Indian journal of veterinary science and animal husbandry - Volumes 18-21, 1948-1951
Year: 1948
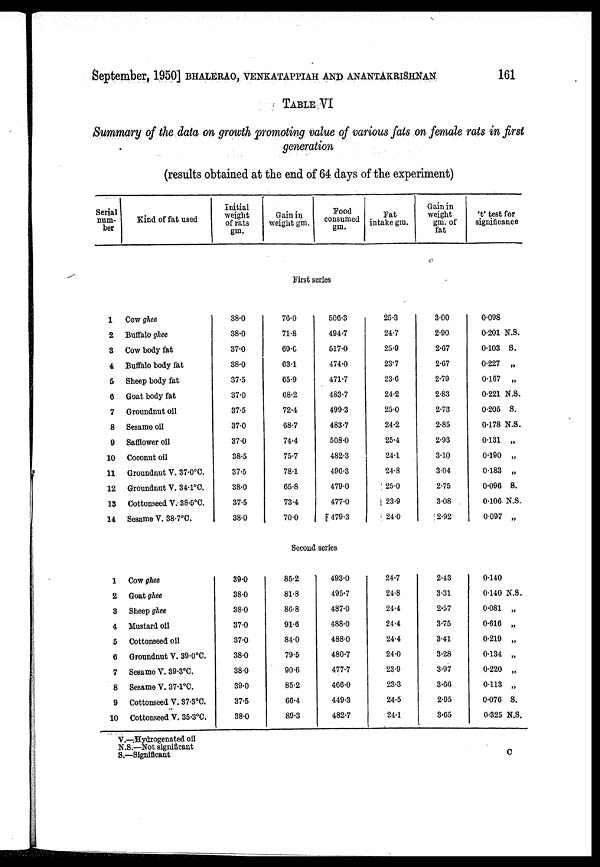
September, 1950] BHALERAO, VENKATAPPIAH AND ANANTAKRISHNAN 161
TABLE VI
Summary of the data on growth promoting value of various fats on female rats in first
generation
(results obtained at the end of 64 days of the experiment)
Serial
num-
ber
Kind of fat used
Initial
weight
of rats
gm.
Gain in
weight gm.
Food
consumed
gm.
Fat
intake gm.
Gain in
weight
gm. of
fat
't' test for
significance
First series
1
2
3
4
5
6
7
8
9
10
11
12
13
14
Cow ghee
Buffalo ghee
Cow body fat
Buffalo body fat
Sheep body fat
Goat body fat
Groundnut oil
Sesame oil
Safflower oil
Coconut oil
Groundnut V. 37.0°C.
Groundnut V. 34.1°C.
Cottonseed V. 38.5°C.
Sesame V. 38.7°C.
38.0
38.0
37.0
38.0
37.5
37.0
37.5
37.0
37.0
38.5
37.5
38.0
37.5
38.0
76.0
71.8
69.0
63.1
65.9
68.2
72.4
68.7
74.4
75.7
78.1
65.8
73.4
70.0
506.3
494.7
517.0
474.0
471.7
483.7
499.3
483.7
508.0
482.3
496.3
479.0
477.0
479.3
25.3
24.7
25.9
23.7
23.6
24.2
25.0
24.2
25.4
24.1
24.8
25.0
23.9
24.0
3.00
2.90
2.67
2.67
2.79
2.83
2.73
2.85
2.93
3.10
3.04
2.75
3.08
2.92
0.098
0.201 N.S.
0.103 S.
0.227 „
0.167 „
0.221 N.S.
0.205 S.
0.178 N.S.
0.131 „
0.190 „
0.183 „
0.096 S.
0.106 N.S.
0.097 „
Second series
1
2
3
4
5
6
7
8
9
10
Cow ghee
Goat ghee
Sheep ghee
Mustard oil
Cottonseed oil
Groundnut V. 39.0°C.
Sesame V. 39.3°C.
Sesame V. 37.1°C.
Cottonseed V. 37.3°C.
Cottonseed V. 35.3°C.
39.0
38.0
38.0
37.0
37.0
38.0
38.0
39.0
37.5
38.0
85.2
81.8
86.8
91.6
84.0
79.5
90.6
85.2
66.4
89.3
493.0
495.7
487.0
488.0
488.0
480.7
477.7
466.0
449.3
482.7
24.7
24.8
24.4
24.4
24.4
24.0
23.9
23.3
24.5
24.1
2.43
3.31
2.57
3.75
3.41
3.28
3.97
3.66
2.95
3.65
0.140
0.140 N.S.
0.081 „
0.616 „
0.219 „
0.134 „
0.220 „
0.113 „
0.076 S.
0.325 N.S.
V.—Hydrogenated oil
N.S.—Not significant
S.—Significant
C